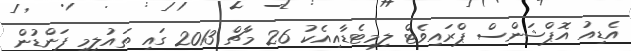
އެޑިއު އޮޕްޝަންސް ޕްރައިވެޓް ލިމިޓެޑާއިއެކު 26 މާޗް 2013 ގައި ތައުލީމީ ފަންޑުން